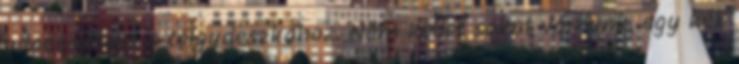
odacsaptam a tölgydeszkához. Nem kellet sokat várnunk, egy kék